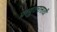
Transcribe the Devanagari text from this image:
प्रत्युतरासाठी